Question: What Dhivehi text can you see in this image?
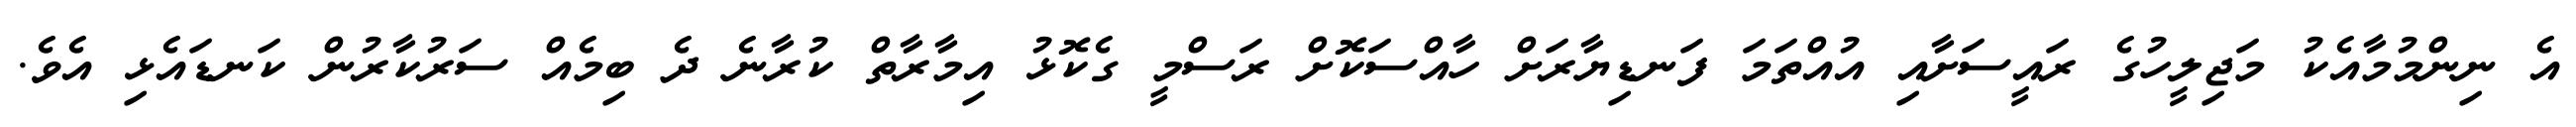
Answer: އެ ނިންމުމާއެކު މަޖިލީހުގެ ރައީސަށާއި އުއްތަމަ ފަނޑިޔާރަށް ހާއްސަކޮށް ރަސްމީ ގެކޮޅު އިމާރާތް ކުރާނެ ދެ ބިމެއް ސަރުކާރުން ކަނޑައެޅި އެވެ.